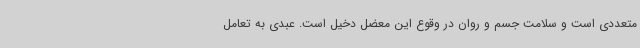
متعددی است و سلامت جسم و روان در وقوع این معضل دخیل است. عبدی به تعامل